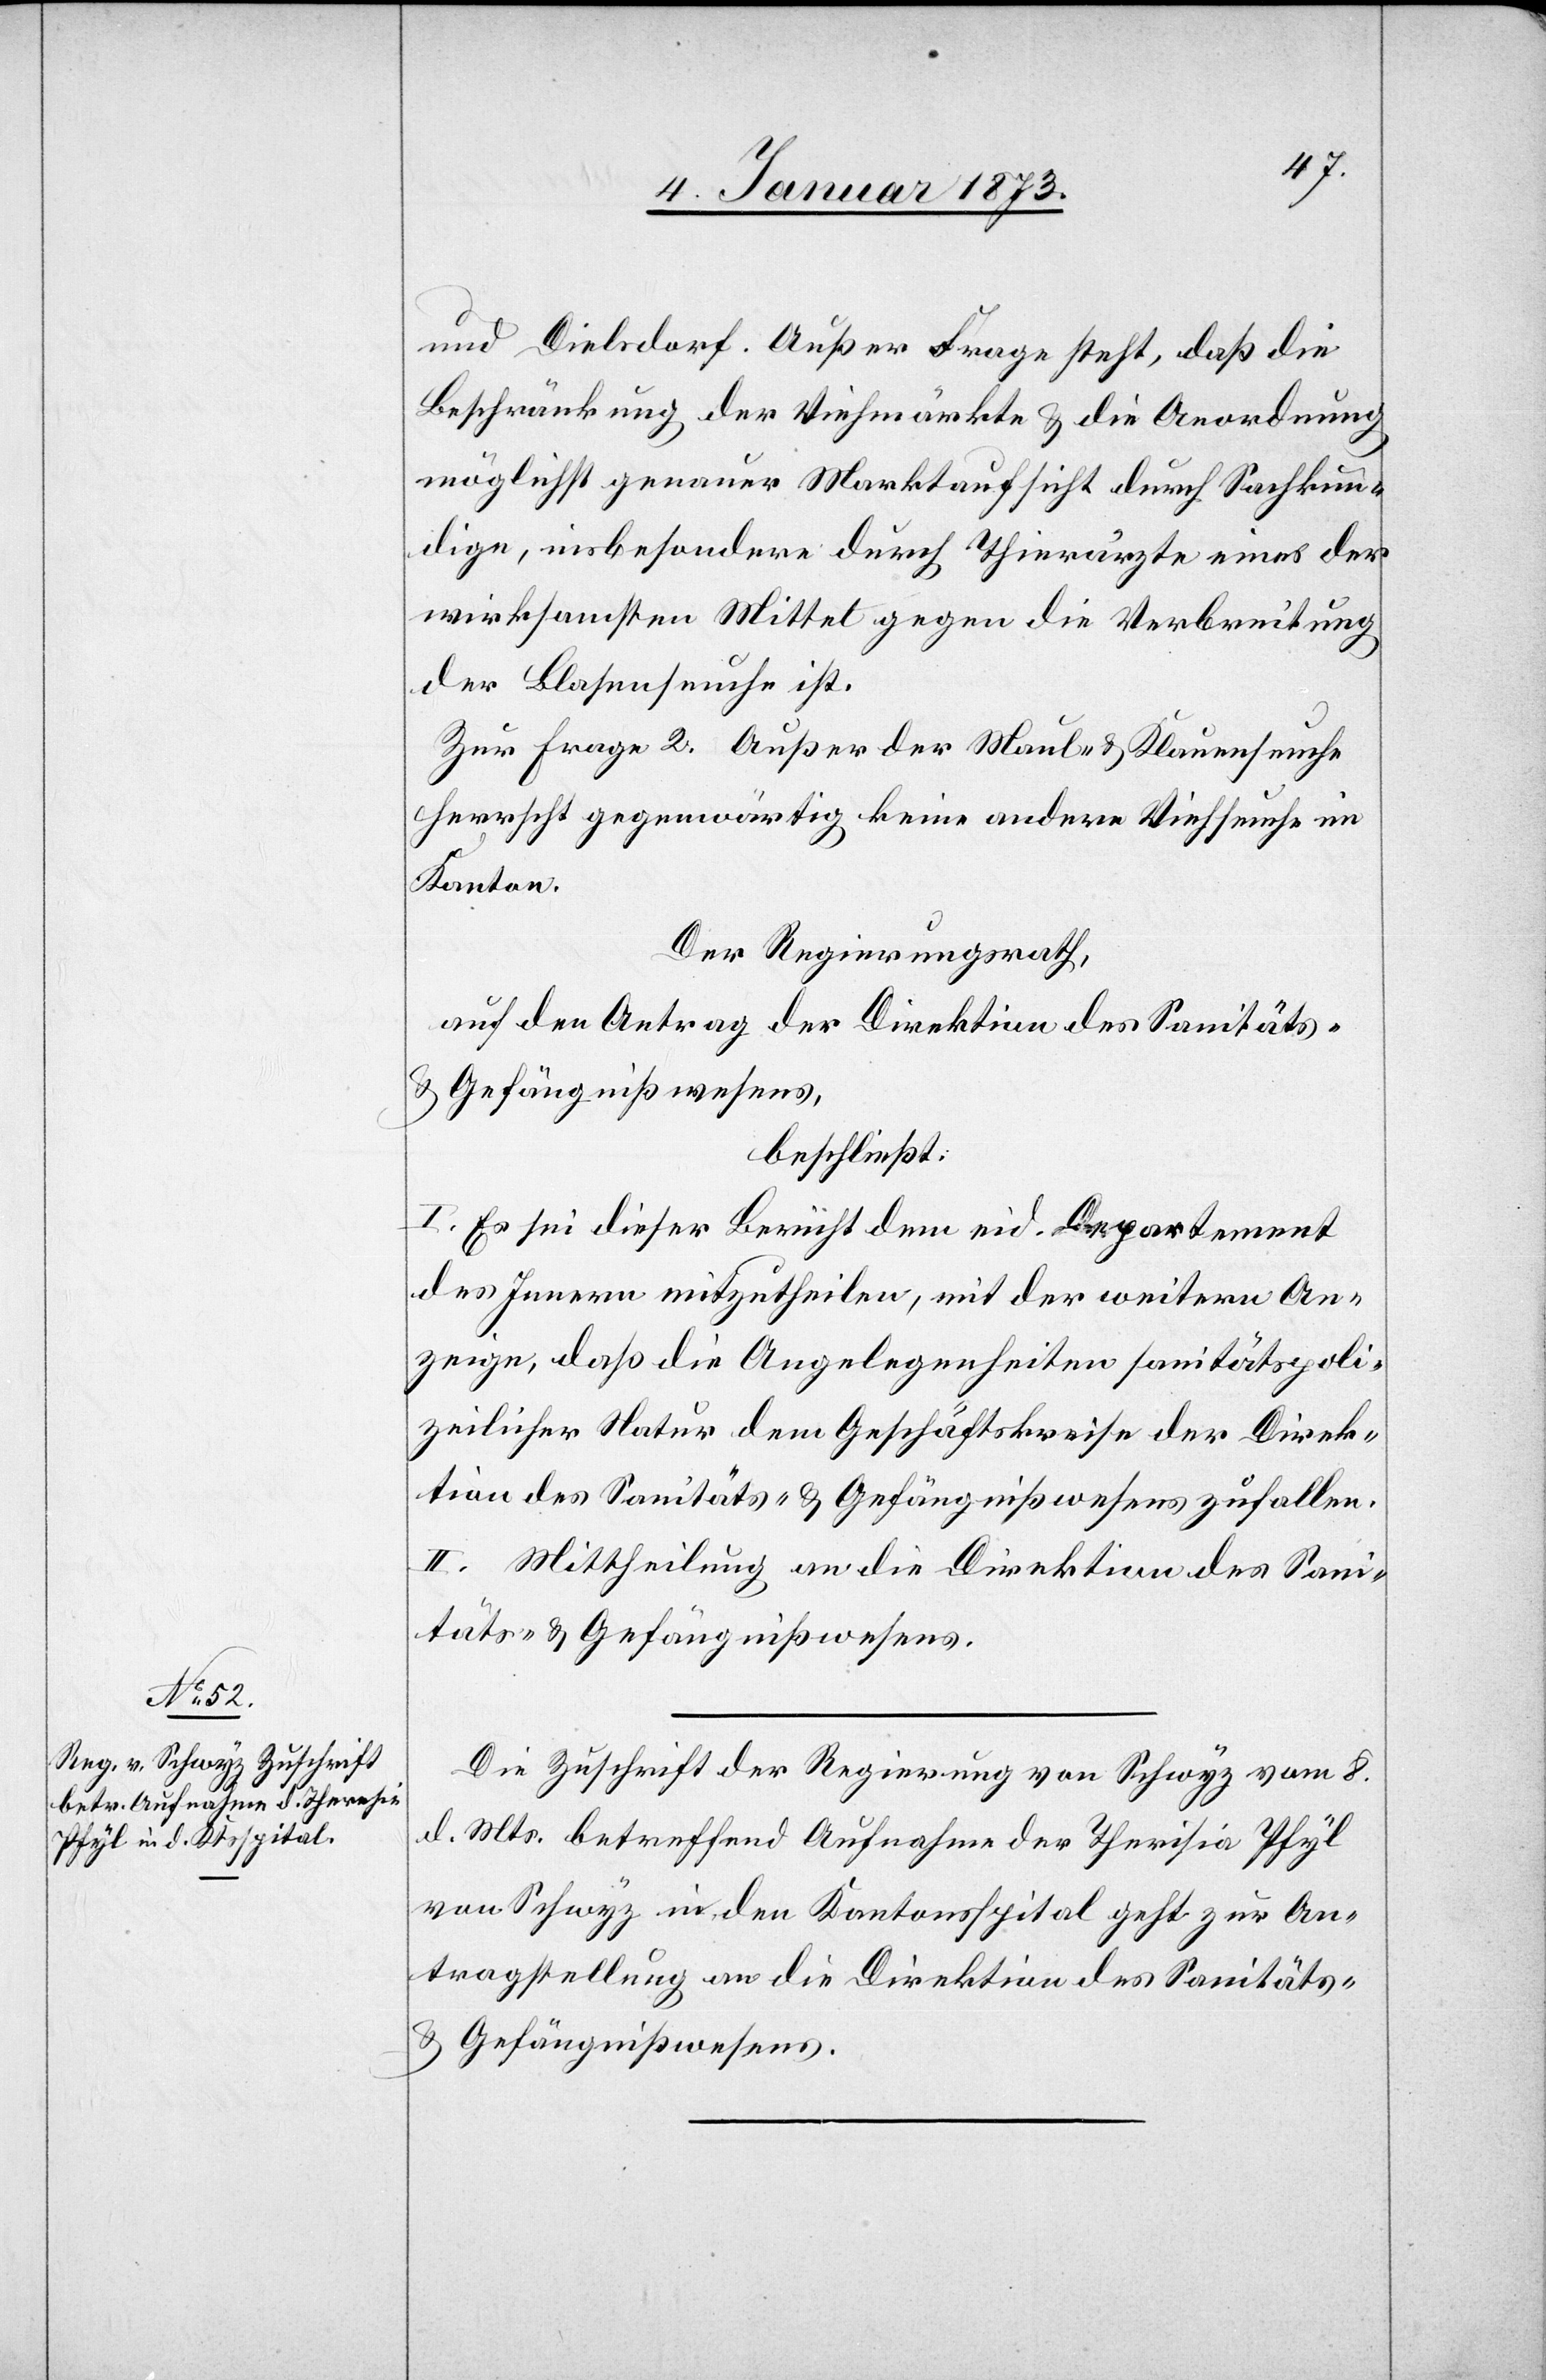
10. Januar 1873.]
und Dielsdorf. Außer Frage steht, daß die
Beschränkung der Viehmärkte & die Anordnung
möglichst genauer Marktaufsicht durch Sachkun¬
dige, insbesondere durch Thierärzte eines der
wirksamsten Mittel gegen die Verbreitung
der Blasenseuche ist.
Zur Frage 2. Außer der Maul- & Klauenseuche
herrscht gegenwärtig keine andere Viehseuche im
Kanton.
Der Regierungsrath,
auf den Antrag der Direktion des Sanitäts-
& Gefängnißwesens,
beschließt:
I. Es sei dieser Bericht dem eid. Departement
des Innern mitzutheilen, mit der weitern An¬
zeige, daß die Angelegenheiten sanitätspoli¬
zeilicher Natur dem Geschäftskreise der Direk¬
tion des Sanitäts- & Gefängnißwesens zufallen.
II. Mittheilung an die Direktion des Sani¬
täts- & Gefängnißwesens.
Die Zuschrift der Regierung von Schwyz vom 8.
d. Mts. betreffend Aufnahme der Therisia [sic!]
von Schwyz in den Kantonsspital geht zur An¬
tragstellung an die Direktion des Sanitäts-
& Gefängnißwesens.